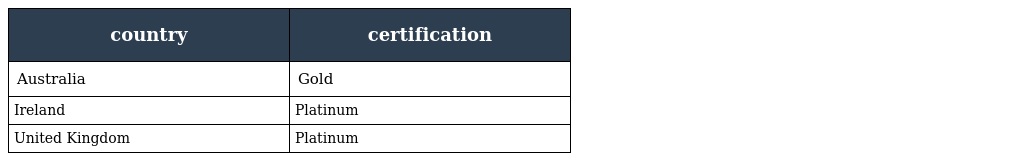
| country | certification |
 | --- | --- |
 | Australia | Gold |
 | Ireland | Platinum |
 | United Kingdom | Platinum |